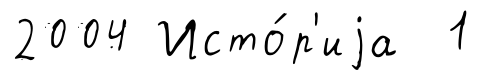
2004 Исто́р'иjа 1